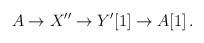
LaTeX: \begin{align*}A \to X''\to Y' [1] \to A[1]\,.\end{align*}